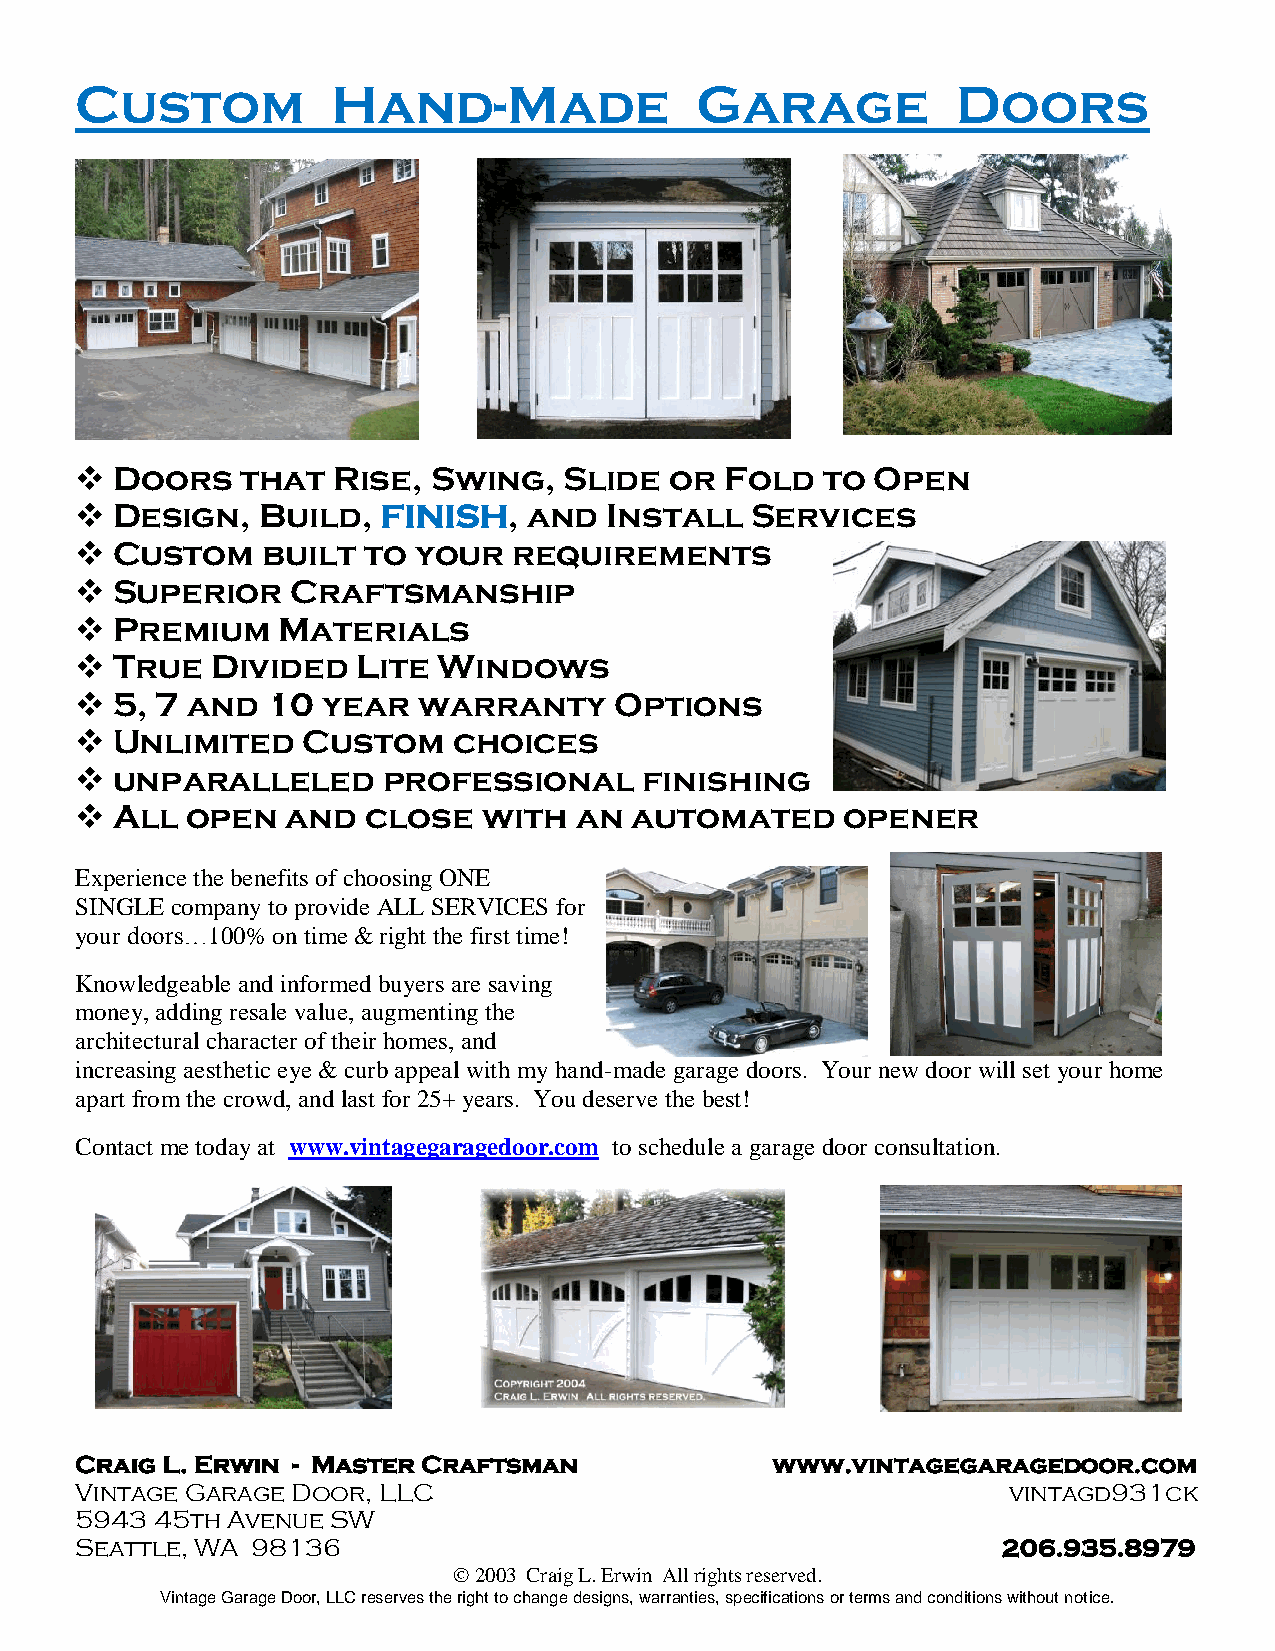
Custom           Hand-Made               Garage           Doors
 Doors    that  Rise,  Swing,  Slide  or  Fold   to Open
 
 Design,   Build,  FINISH,   and  Install   Services
 
 Custom    built  to  your  requirements
 
 Superior    Craftsmanship
 
 Premium    Materials
 
 True   Divided   Lite Windows
 
 5, 7 and   10 year   warranty     Options
 
 Unlimited    Custom    choices
 
 unparalleled      professional      finishing
 
 All  open   and  close   with  an  automated     opener
 
 Experience the benefits of choosing ONE
 SINGLE company to provide ALL SERVICES for
 your doors…100% on time & right the first time!
 Knowledgeable and informed buyers are saving
 money, adding resale value, augmenting the
 architectural character of their homes, and
 increasing aesthetic eye & curb appeal with my hand-made garage doors. Your new door will set your home
 apart from the crowd, and last for 25+ years. You deserve the best!
 Contact me today at www.vintagegaragedoor.com to schedule a garage door consultation.
 Craig L. Erwin - Master Craftsman             www.vintagegaragedoor.com
 Vintage Garage Door, LLC                                      vintagd931ck
 5943 45th Avenue SW
 Seattle, WA 98136                                            206.935.8979
  2003 Craig L. Erwin All rights reserved.
 Vintage Garage Door, LLC reserves the right to change designs, warranties, specifications or terms and conditions without notice.